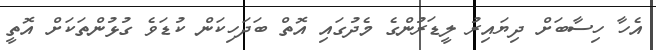
އެހާ ހިސާބަށް ދިޔައިރު ލީޑަރުންގެ މެދުގައި އޮތް ބަދަހިިކަން ކުޑަވެ ގުޅުންތަކަށް އޮތީ